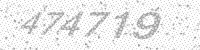
Solution: 474719